Lunatic asylums in Bengal annual reports 1912-1924 - 1912-1924
Year: 1912
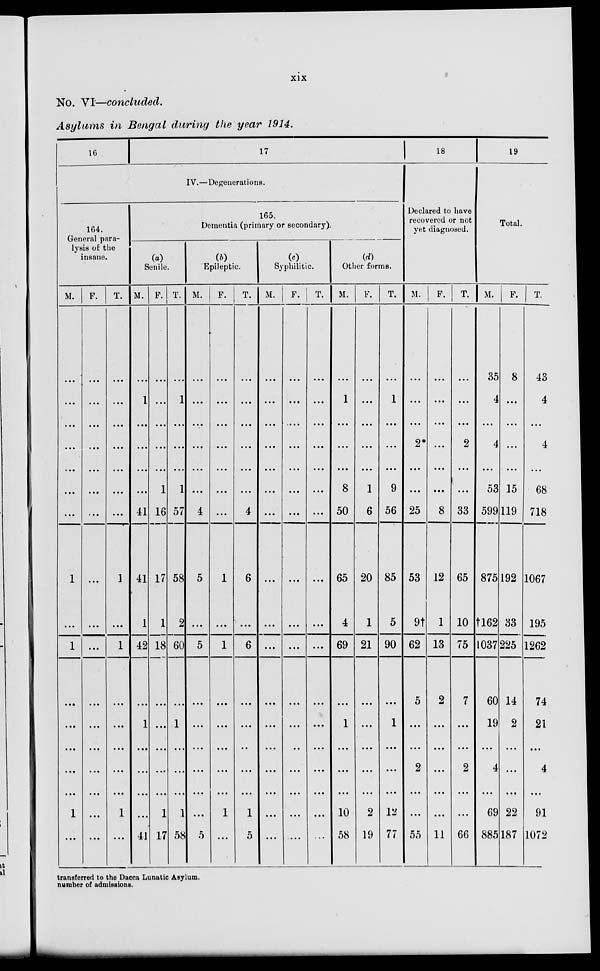
xix
No. VI—concluded.
Asylums in Bengal during the year 1914.
16
17
IV.—Degenerations.
164.
General para-
lysis of the
insane.
M.
...
...
...
...
...
...
...
1
...
1
...
...
...
...
...
1
...
F.
...
...
...
...
...
...
...
...
...
...
...
...
...
...
...
...
...
T.
...
...
...
...
...
...
...
1
...
1
...
...
...
...
...
1
...
165.
Dementia (primary or secondary).
(a)
Senile.
M.
...
1
...
...
...
...
41
41
1
42
...
1
...
...
...
...
41
F.
...
...
...
...
...
1
16
17
1
18
...
...
...
...
...
1
17
T.
...
1
...
...
...
1
57
58
2
60
...
1
...
...
...
1
58
(b)
Epileptic.
M.
...
...
...
...
...
...
4
5
...
5
...
...
...
...
...
...
5
F.
...
...
...
...
...
...
...
1
...
1
...
...
...
...
...
1
...
T.
...
...
...
...
...
...
4
6
...
6
...
...
...
...
...
1
5
(c)
Syphilitic.
M.
...
...
...
...
...
...
...
...
...
...
...
...
...
...
...
...
...
F.
...
...
...
...
...
...
...
...
...
...
...
...
...
...
...
...
...
T.
...
...
...
...
...
...
...
...
...
...
...
...
...
...
...
...
(d)
Other forms.
M.
...
1
...
...
...
8
50
65
4
69
...
1
...
...
...
10
58
F.
...
...
...
...
...
1
6
20
1
21
...
...
...
...
...
2
19
T.
...
1
...
...
...
9
56
85
5
90
...
1
...
...
...
12
77
18
Declared to have
recovered or not
yet diagnosed.
M.
...
...
...
2*
...
...
25
53
9†
62
5
...
...
2
...
...
55
F.
...
...
...
...
...
...
8
12
1
13
2
...
...
...
...
...
11
T.
...
...
...
2
...
...
33
65
10
75
7
...
...
2
...
...
66
19
Total.
M.
35
4
...
4
...
53
599
875
†162
1037
60
19
...
4
...
69
885
F.
8
...
...
...
...
15
119
192
33
225
14
2
...
...
...
22
187
T.
43
4
...
4
...
68
718
1067
195
1262
74
21
...
4
...
91
1072
transferred to the Dacca Lunatic Asylum.
number of admissions.